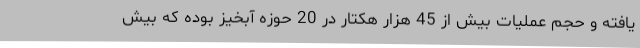
یافته و حجم عملیات بیش از 45 هزار هکتار در 20 حوزه آبخیز بوده که بیش